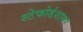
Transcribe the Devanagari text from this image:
स्टेफोर्डशायर